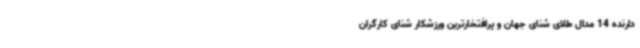
دارنده 14 مدال طلای شنای جهان و پرافتخارترین ورزشکار شنای کارگران